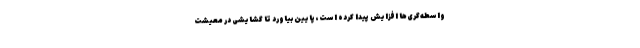
واسطه‌گری‌ها افزایش پیدا کرده است، پایین بیاورد تا گشایشی در معیشت